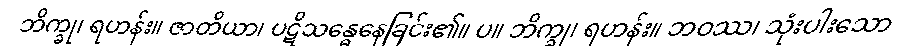
ဘိက္ခု၊ ရဟန်း။ ဇာတိယာ၊ ပဋိသန္ဓေနေခြင်း၏။ ပ။ ဘိက္ခု၊ ရဟန်း။ ဘဝဿ၊ သုံးပါးသော